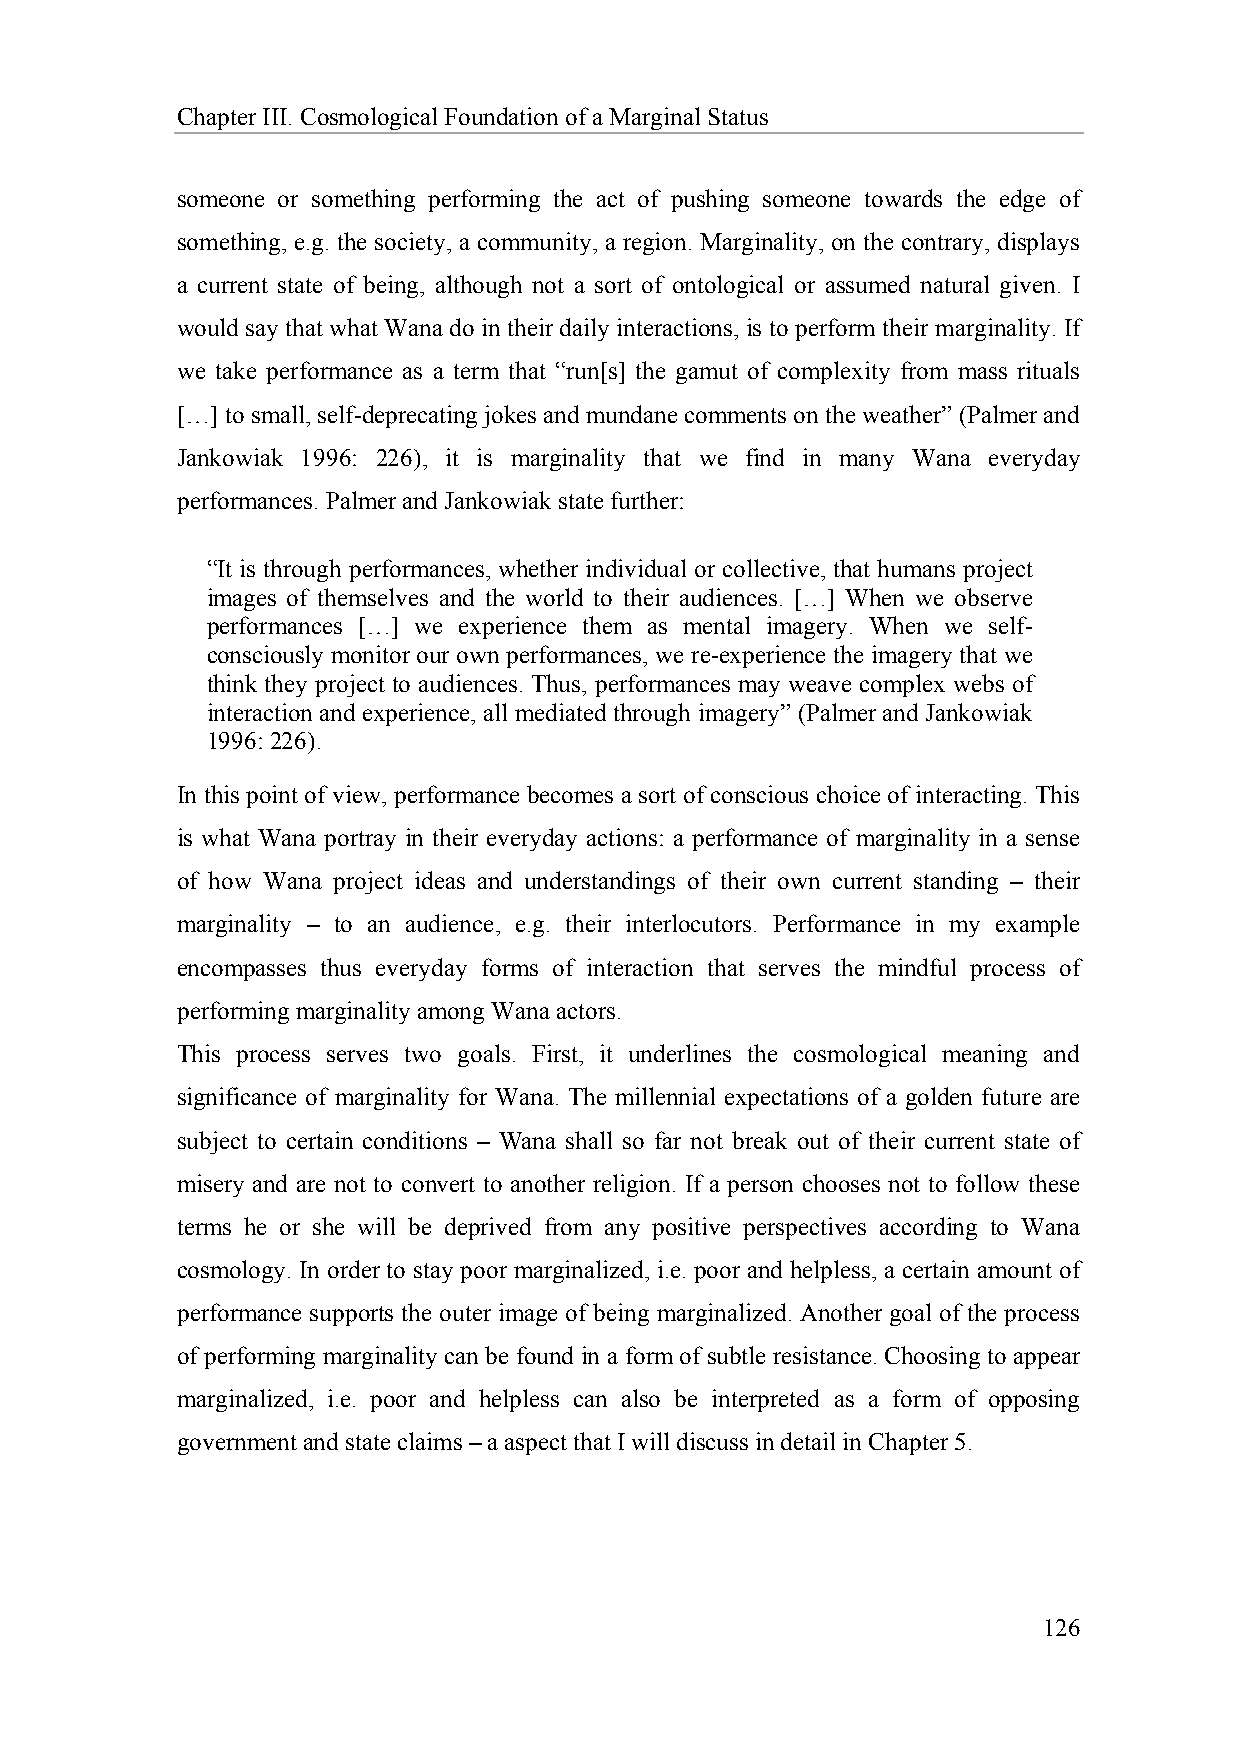
Chapter III. Cosmological Foundation of a Marginal Status
 someone or something performing the act of pushing someone towards the edge of
 something, e.g. the society, a community, a region. Marginality, on the contrary, displays
 a current state of being, although not a sort of ontological or assumed natural given. I
 would say that what Wana do in their daily interactions, is to perform their marginality. If
 we take performance as a term that “run[s] the gamut of complexity from mass rituals
 […] to small, self-deprecating jokes and mundane comments on the weather” (Palmer and
 Jankowiak 1996: 226), it is marginality that we find in many Wana everyday
 performances. Palmer and Jankowiak state further:
 “It is through performances, whether individual or collective, that humans project
 images of themselves and the world to their audiences. […] When we observe
 performances […] we experience them as mental imagery. When we self-
 consciously monitor our own performances, we re-experience the imagery that we
 think they project to audiences. Thus, performances may weave complex webs of
 interaction and experience, all mediated through imagery” (Palmer and Jankowiak
 1996: 226).
 In this point of view, performance becomes a sort of conscious choice of interacting. This
 is what Wana portray in their everyday actions: a performance of marginality in a sense
 of how Wana project ideas and understandings of their own current standing – their
 marginality – to an audience, e.g. their interlocutors. Performance in my example
 encompasses thus everyday forms of interaction that serves the mindful process of
 performing marginality among Wana actors.
 This process serves two goals. First, it underlines the cosmological meaning and
 significance of marginality for Wana. The millennial expectations of a golden future are
 subject to certain conditions – Wana shall so far not break out of their current state of
 misery and are not to convert to another religion. If a person chooses not to follow these
 terms he or she will be deprived from any positive perspectives according to Wana
 cosmology. In order to stay poor marginalized, i.e. poor and helpless, a certain amount of
 performance supports the outer image of being marginalized. Another goal of the process
 of performing marginality can be found in a form of subtle resistance. Choosing to appear
 marginalized, i.e. poor and helpless can also be interpreted as a form of opposing
 government and state claims – a aspect that I will discuss in detail in Chapter 5.
 126